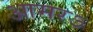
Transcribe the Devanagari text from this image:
आमरऽ